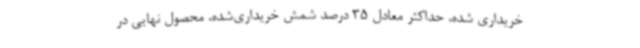
خریداری شده، حداکثر معادل 35 درصد شمش خریداری‌شده، محصول نهایی در